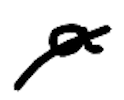
Text: a
Cross-out: diagonal
Writing tool: digital_black